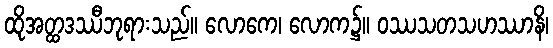
ထိုအတ္ထဒဿီဘုရားသည်။ လောကေ၊ လောက၌။ ဝဿသတသဟဿာနိ၊